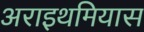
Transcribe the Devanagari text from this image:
अराइथमियास